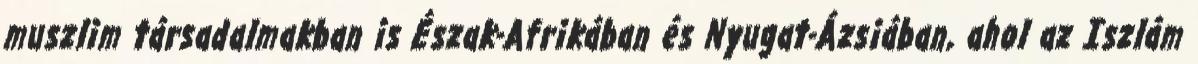
muszlim társadalmakban is Észak-Afrikában és Nyugat-Ázsiában, ahol az Iszlám